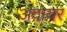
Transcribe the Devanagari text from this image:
अदायर